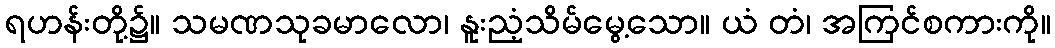
ရဟန်းတို့၌။ သမဏသုခမာလော၊ နူးညံ့သိမ်မွေ့သော။ ယံ တံ၊ အကြင်စကားကို။